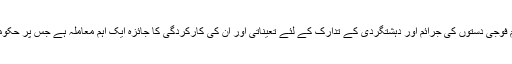
شہری علاقوں میں نیم فوجی دستوں کی جرائم اور دہشتگردی کے تدارک کے لئے تعیناتی اور ان کی کارکردگی کا جائزہ ایک اہم معاملہ ہے جس پر حکومتی توجہ لازمی ہے ۔